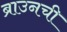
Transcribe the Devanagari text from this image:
ब्राउनची